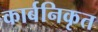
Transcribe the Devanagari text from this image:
कार्बनिकृत